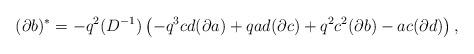
LaTeX: \begin{align*}(\partial b)^{*}=-q^2(D^{-1})\left(-q^3cd(\partial a)+qad(\partial c)+q^2c^2(\partial b)-ac(\partial d)\right), \end{align*}